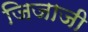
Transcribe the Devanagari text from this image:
जिजाजी